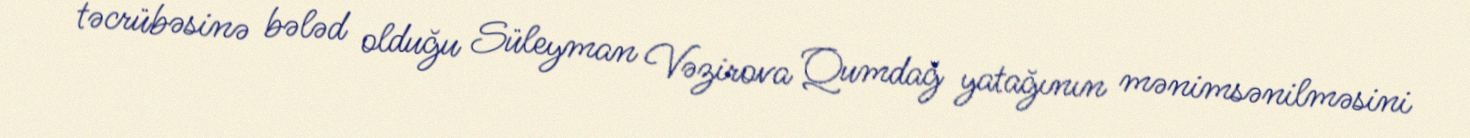
təcrübəsinə bələd olduğu Süleyman Vəzirova Qumdağ yatağının mənimsənilməsini